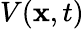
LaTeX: V(\textbf{x},t)